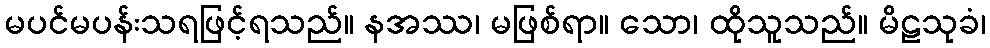
မပင်မပန်းသရဖြင့်ရသည်။ နအဿ၊ မဖြစ်ရာ။ သော၊ ထိုသူသည်။ မိဠသုခံ၊